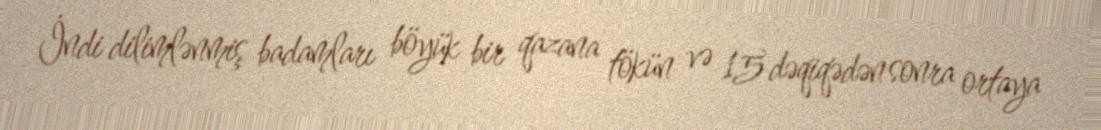
İndi dilimlənmiş badamları böyük bir qazana tökün və 15 dəqiqədən sonra ortaya